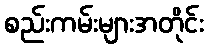
စည်းကမ်းများအတိုင်း